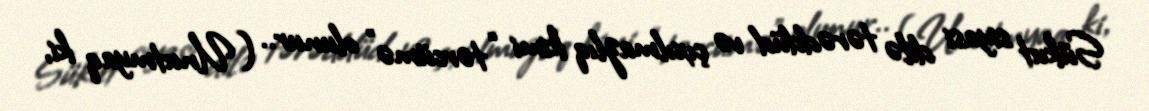
Sükut siyasi dilə tərəddüd və çıxılmazlıq kimi “tərcümə” olunur.. (Unutmyaq ki,